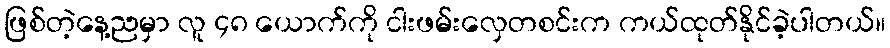
ဖြစ်တဲ့နေ့ညမှာ လူ ၄၈ ယောက်ကို ငါးဖမ်းလှေတစင်းက ကယ်ထုတ်နိုင်ခဲ့ပါတယ်။